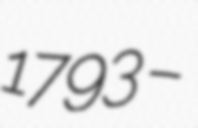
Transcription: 1793 –